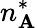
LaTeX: n_{\mathbf{A}}^{*}